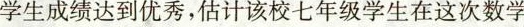
学生成绩达到优秀，估计该校七年级学生在这次数学